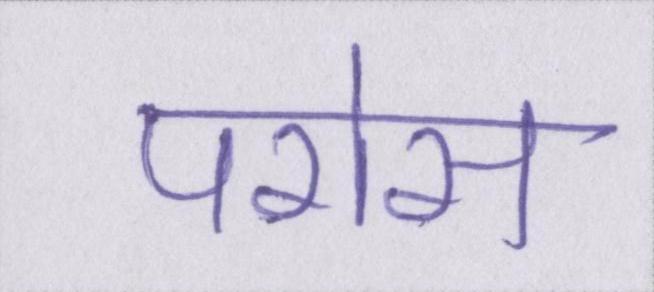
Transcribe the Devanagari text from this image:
परोस